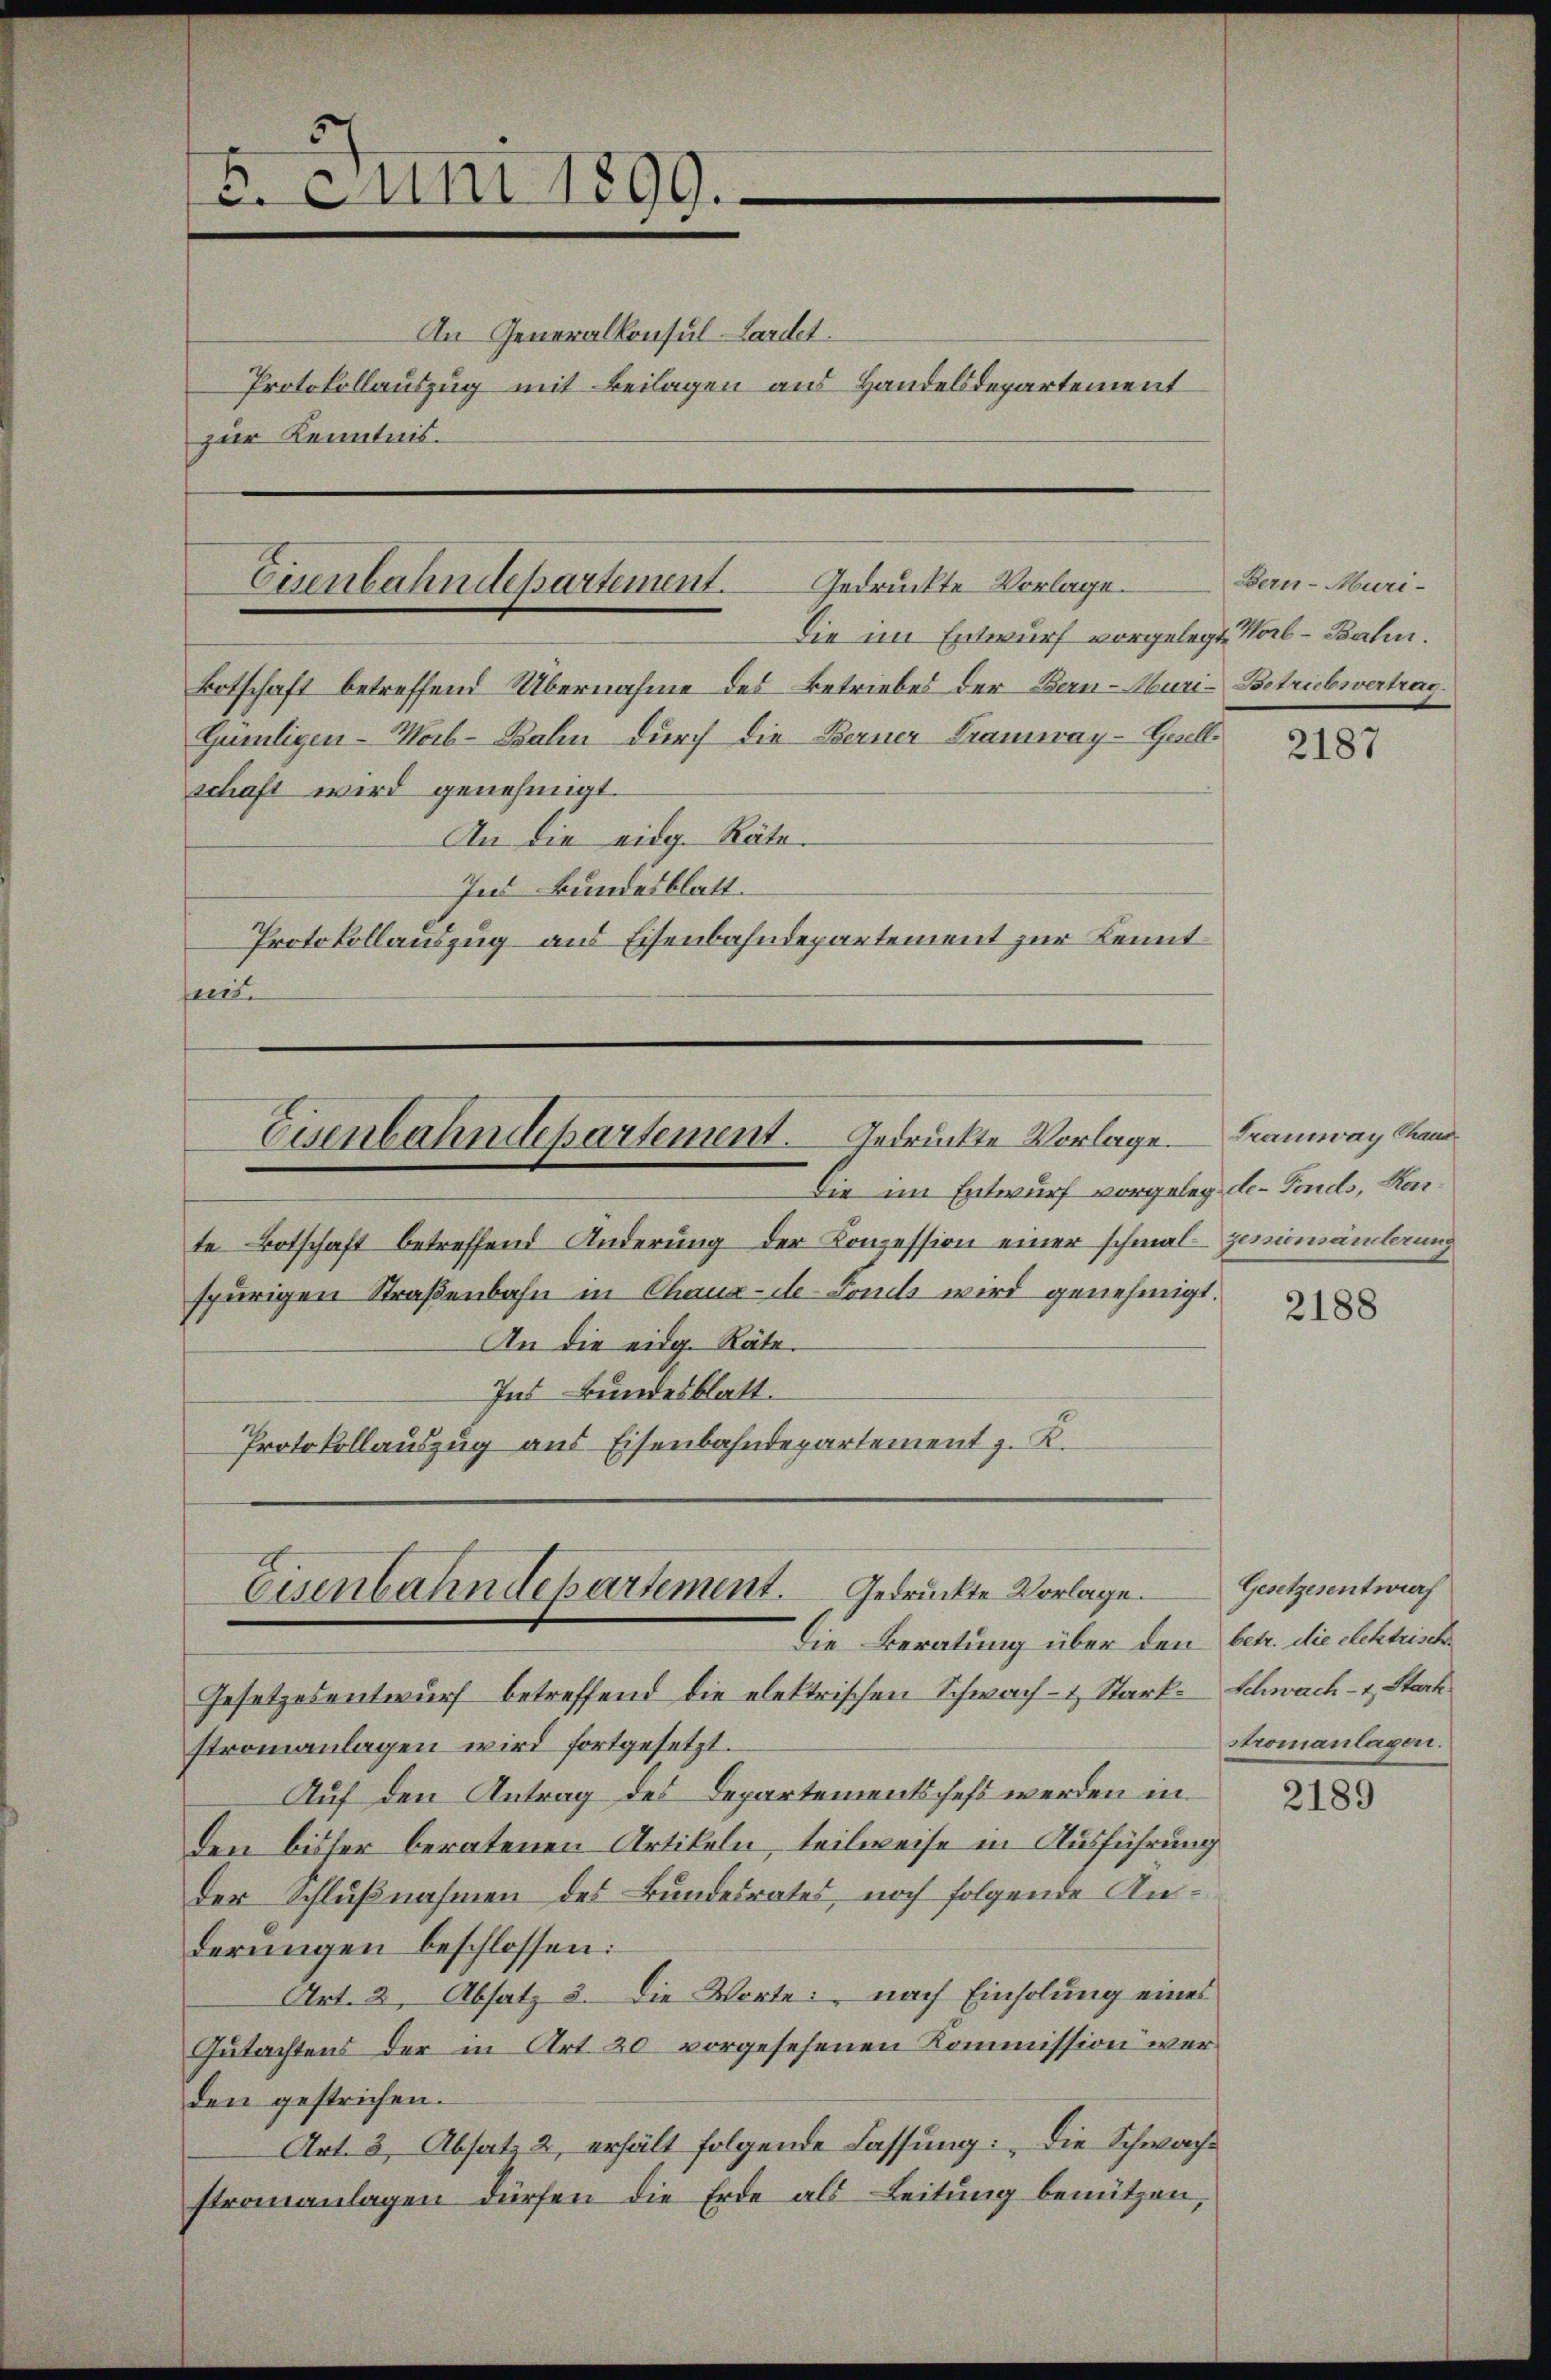
. Juni 1899.

An Generalkonsul-Landet.
Protokollauszug mit Beilagen aus Handelsdepartement
zur Kenntnis.

Gedruckte Vorlage.
Enenbahndepartement.

Die im Entwurf vorgelegt, Horb - Bahn.
kotschaft betreffend Übernahme des Betriebes der Bern-Muri-Betriebsvertrag.
Gümligen-Mab-Bahn durch die Berner Tramway-Heillschaft wird genehmigt.
An die eidg. Räte.
Ind Bundesblatt.
Protokollauszug aus Eisenbahndepartement zur Kenntseert.

Eisenbahndepartement. Gedrückte Vorlage. Tramway Kand
Die im Entwurf vorgelege de-Fonds, Kas¬

te Botschaft betreffend Änderung der Konzession einer schmal genimänlerung
spurigen Straßenbahn in Chaux-de-Fonds wird genehmigt.
An die eidg. Räte.
Ind Bundesblatt.
Protokollauszug aus Eisenbahndepartement z. K.

Eisenbahndepartement. Gedrückte Vorlage.
Die Beratung über den betr. die Rektrische

Gesetzesentwurf betreffend die elektrischen Schwach- & Stark- Schwach- & Stark
stromanlagen wird fortgesetzt.
Auf den Antrag des Departementschefs werden in
den bisher beratenen Artikeln, teilweise in Ausführung
der Schlußnahmen des Bundesrates, noch folgende Anderungen beschlossen:
Art. 2, Absatz 3. Die Worte: nach Einholung eines
Gutachtens der in Art. 20 vorgesehenen Kommission war
den gestrichen.
Art. 3, Absatz 2, erhält folgende Fassung: „Die Schwachstronanlagen dürfen die Erde als Leitung benützen,

Bern-Muri-

2187

2188

Gesetzesentwurf
stromanlagen.

2189